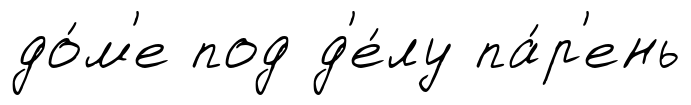
до́м'е под д'е́лу па́р'ень